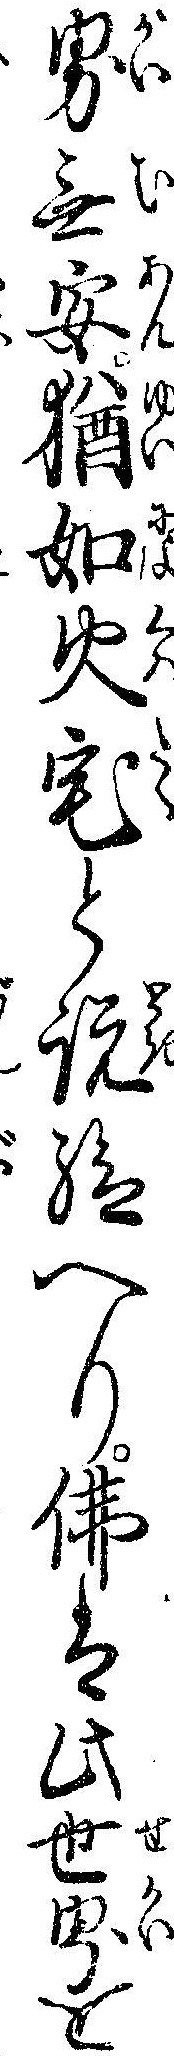
界無安猶如火宅と説給へり仏は此世界を